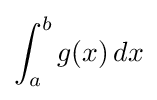
\int _{a}^{b}g(x)\,dx